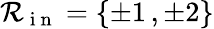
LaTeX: \mathcal R_{\mathrm{~i~n~}}=\{ \pm 1\, ,\pm 2\}